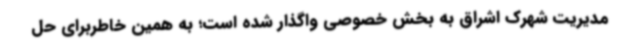
مدیریت شهرک اشراق به بخش خصوصی واگذار شده است؛ به همین خاطربرای حل